65_HS1-834228961_62-HQ-83894_Section_2
Agency: FBI
Page 136
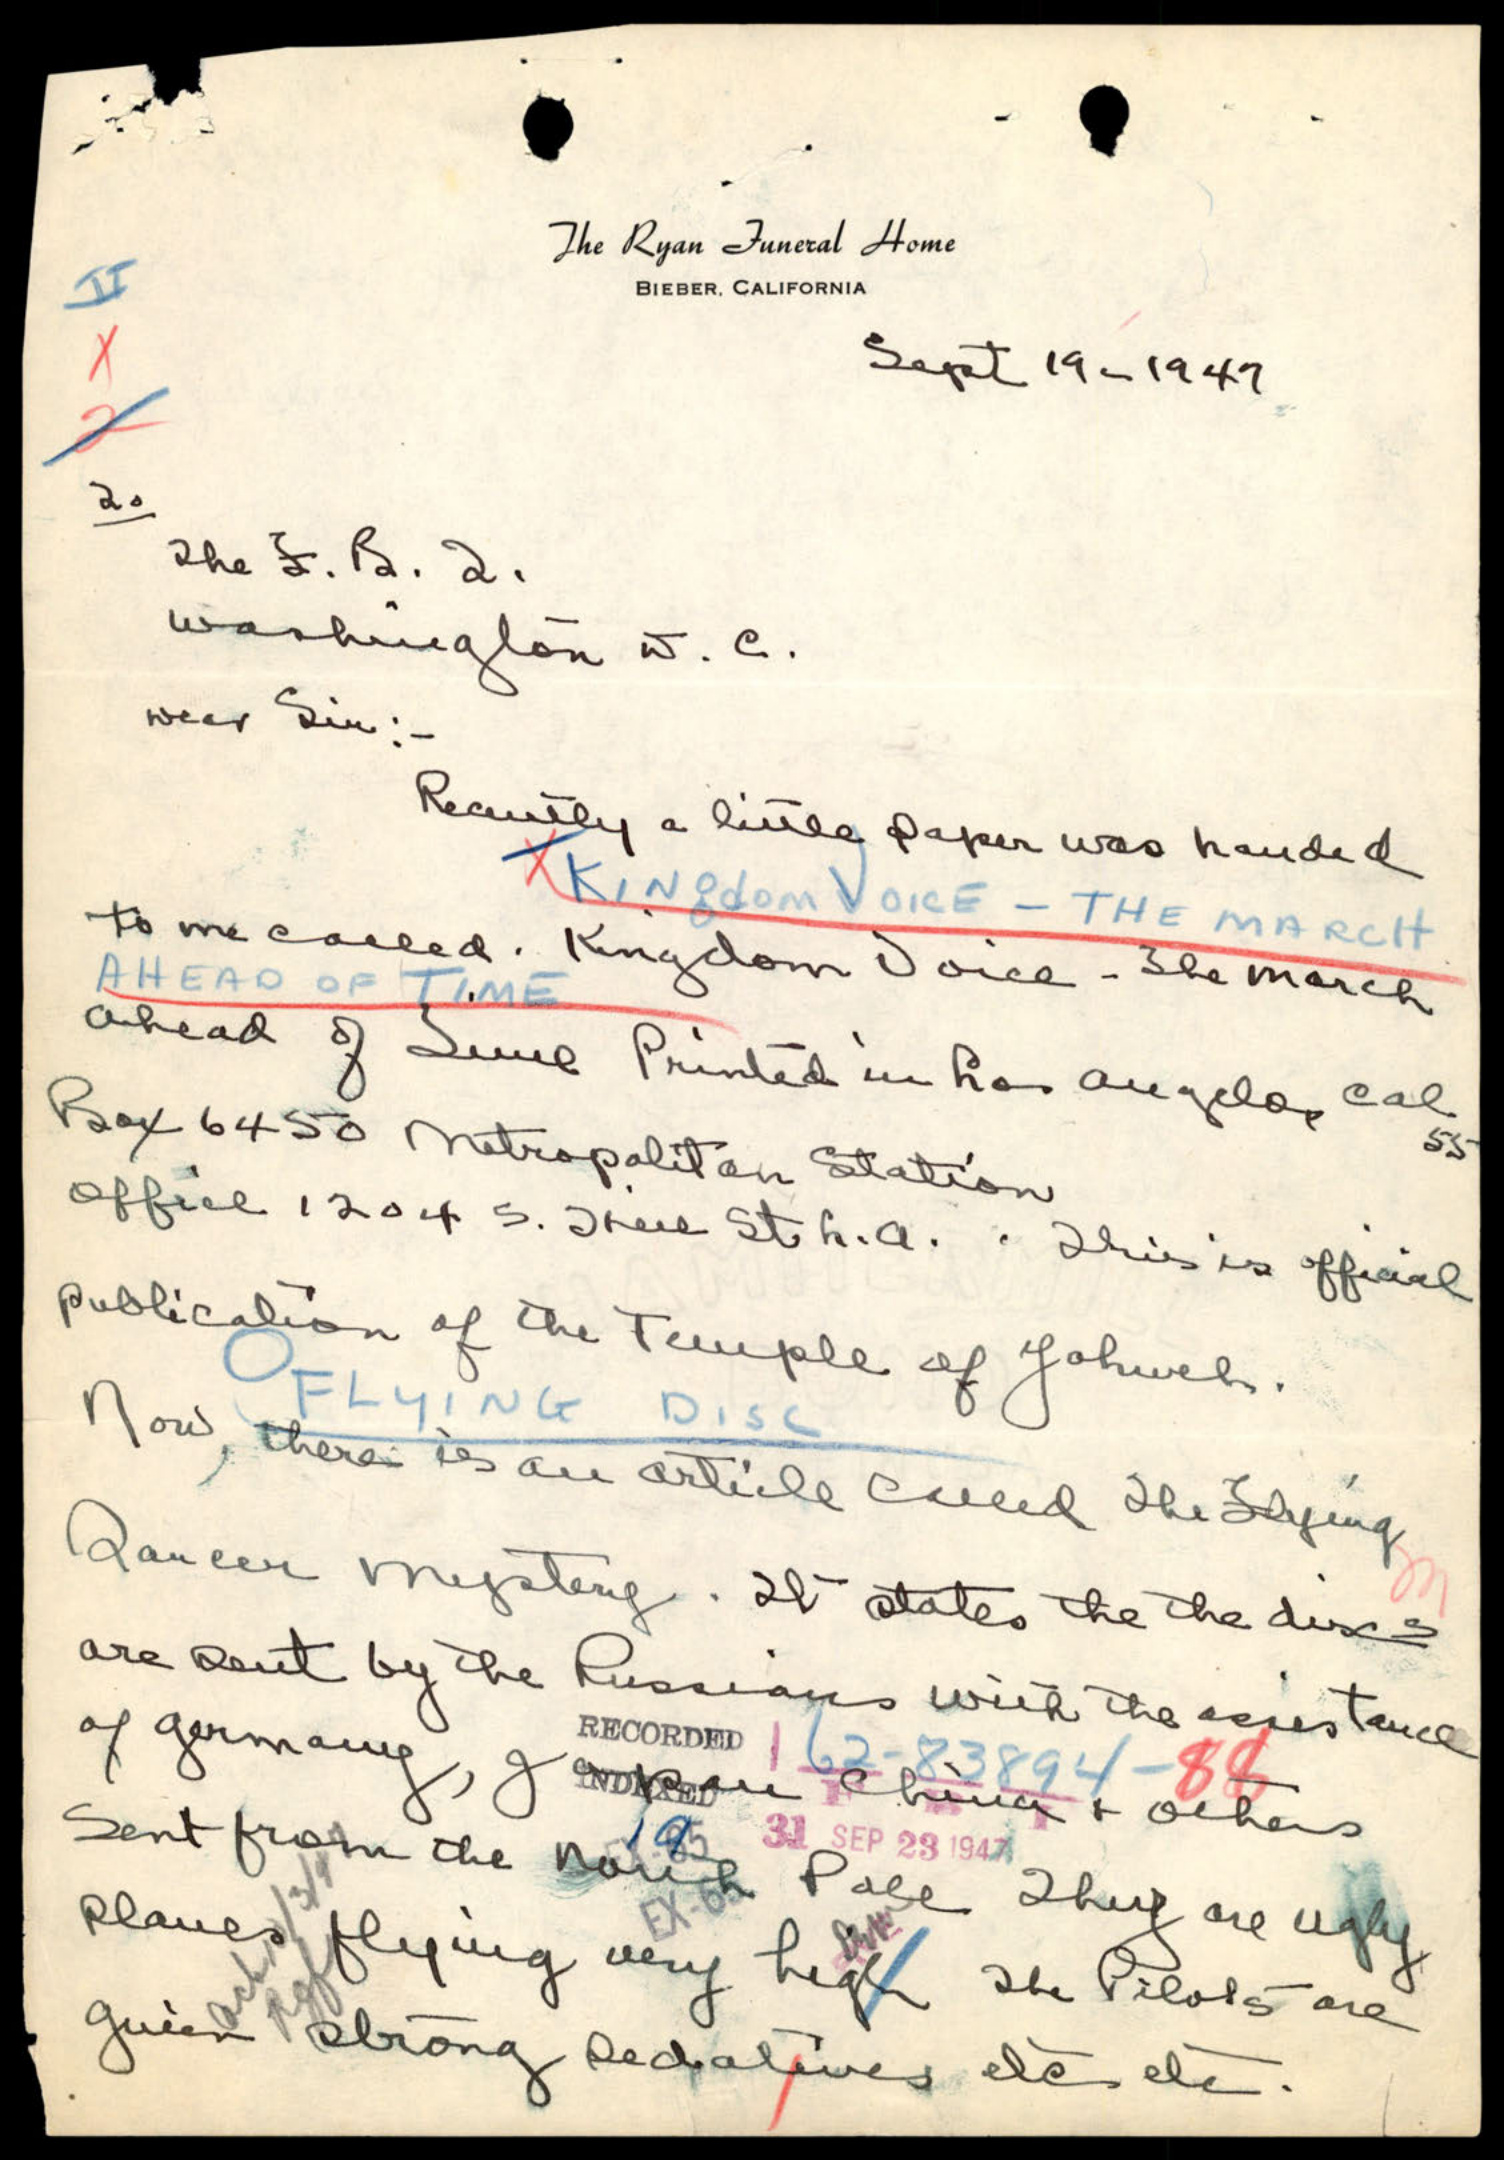